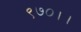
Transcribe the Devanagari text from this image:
९७०।।